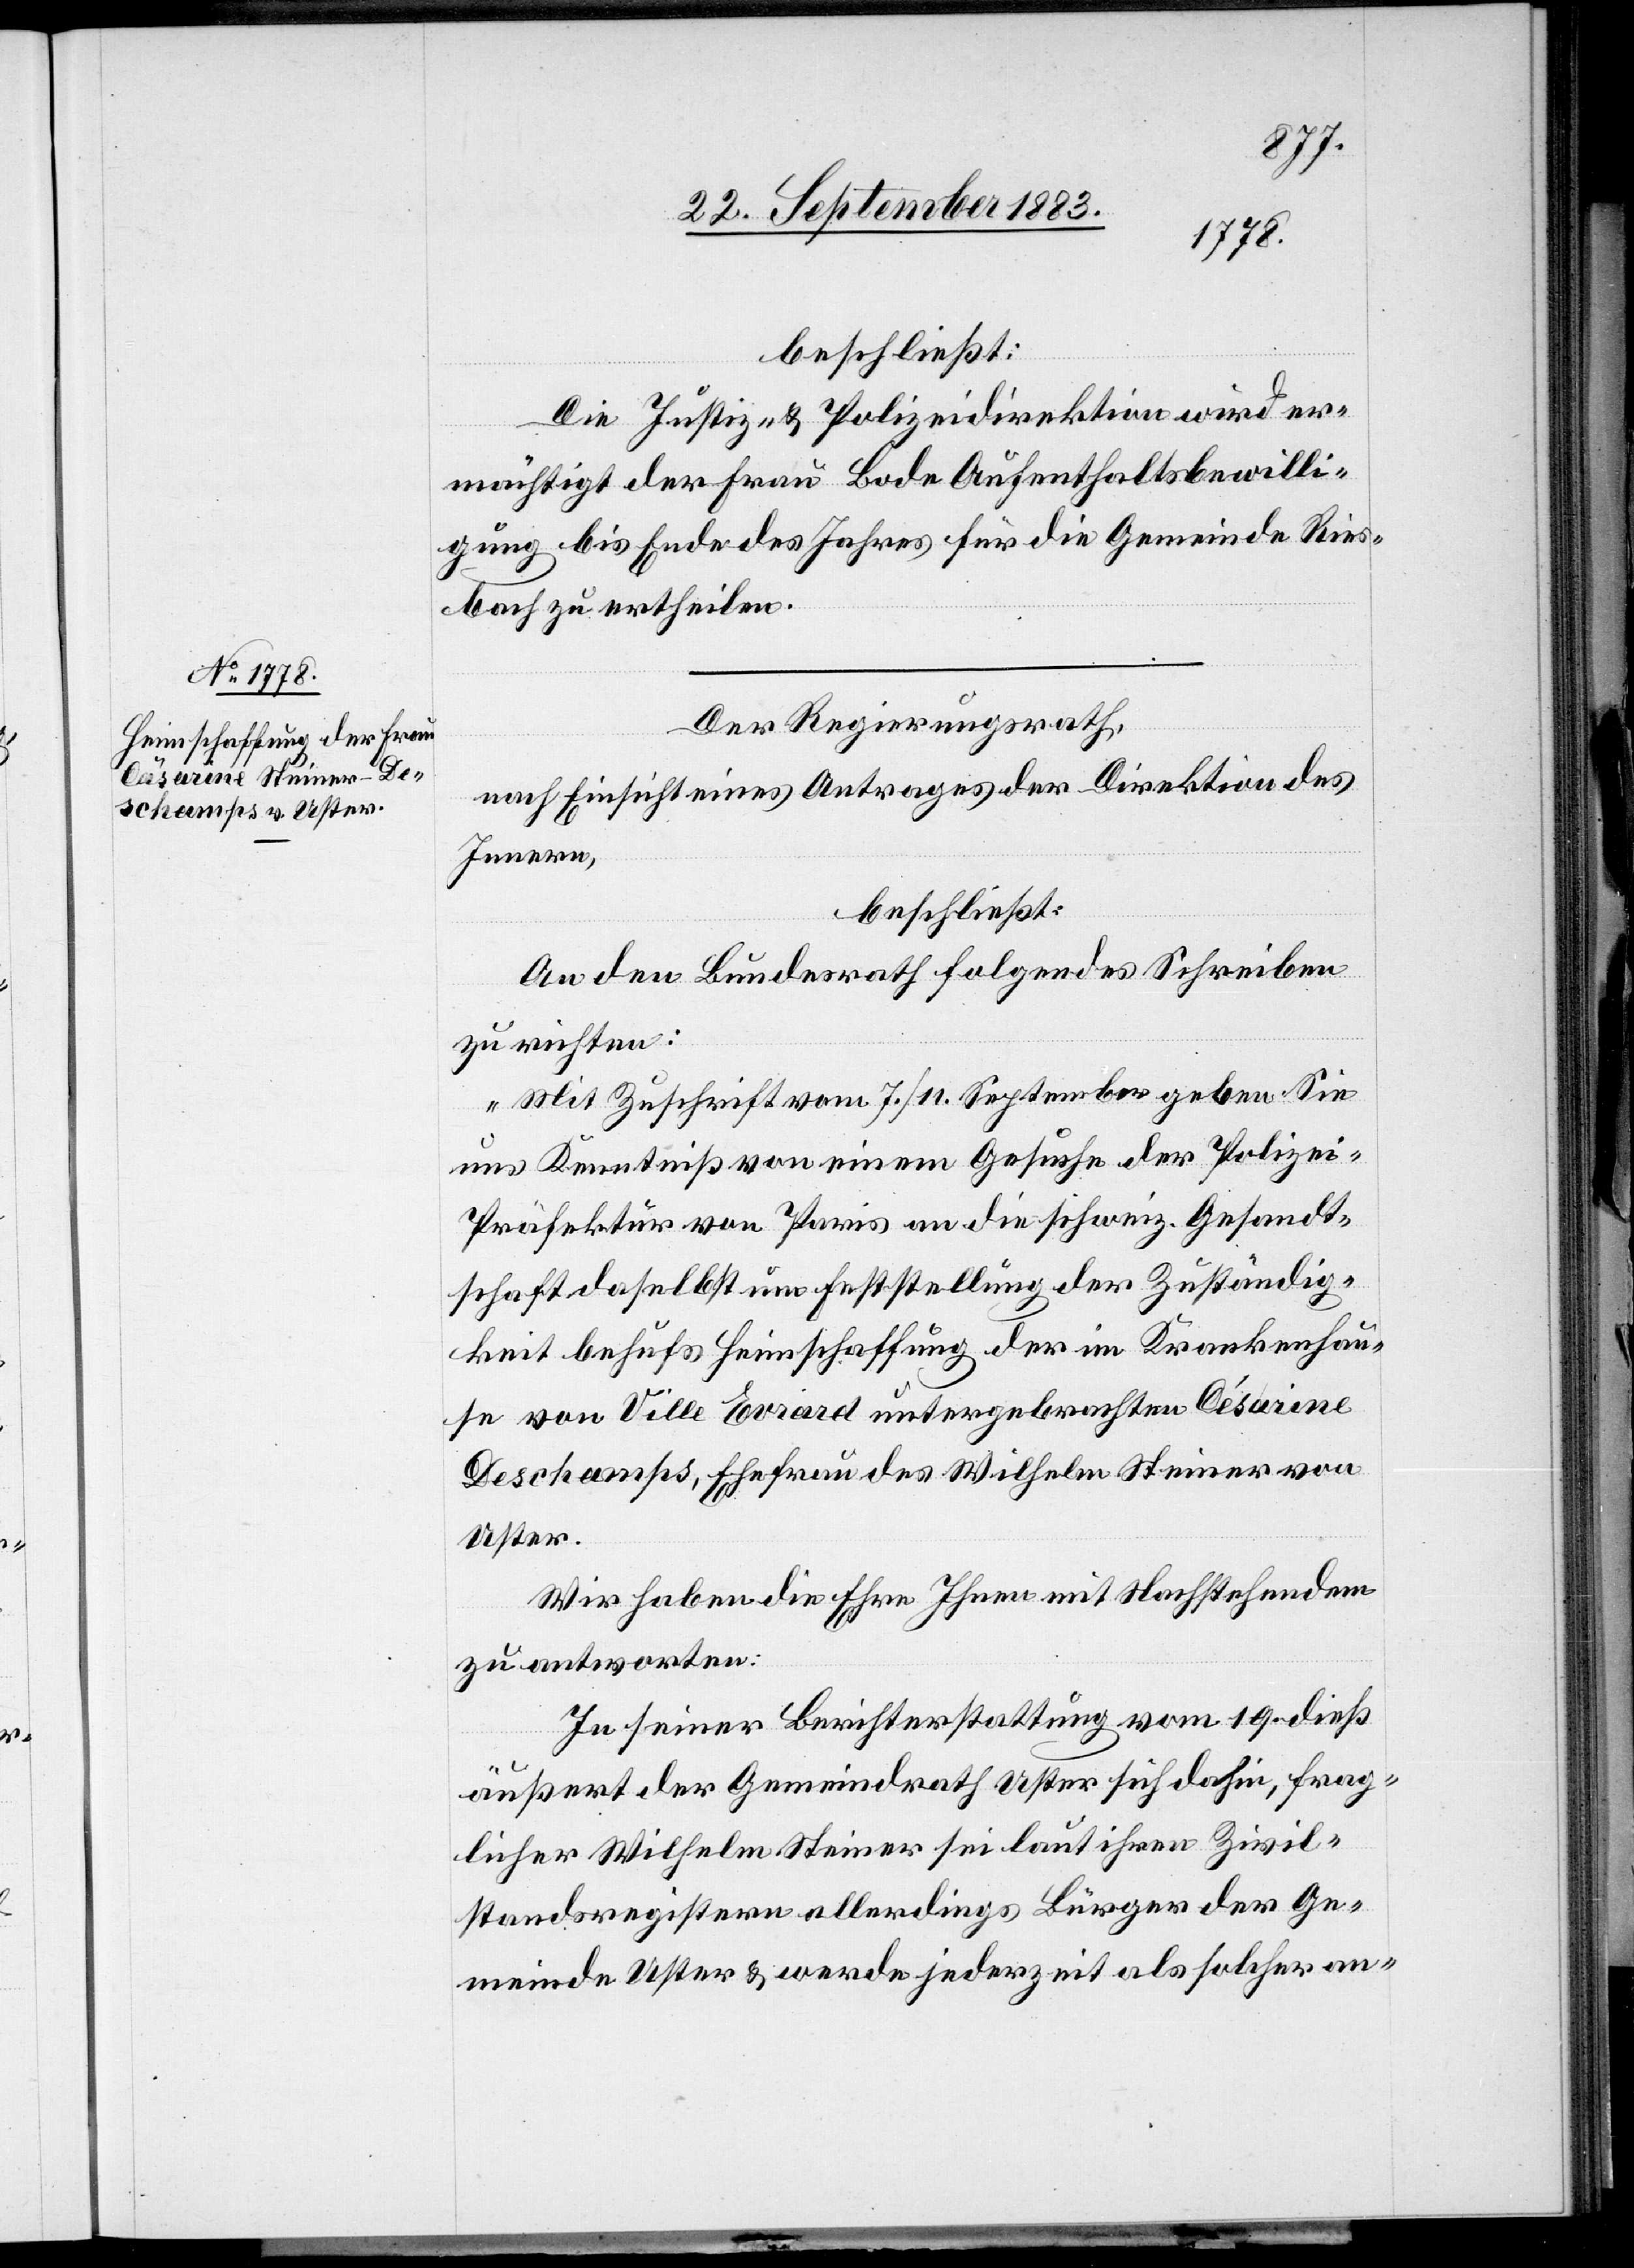
beschließt:
Die Justiz- & Polizeidirektion wird er¬
mächtigt der Frau Bode Aufenthaltsbewilli¬
gung bis Ende Jahres für die Gemeinde Ries¬
bach zu ertheilen.
Der Regierungsrath,
nach Einsicht eines Antrages der Direktion des
Innern,
beschließt:
An den Bundesrath folgendes Schreiben
zu richten:
„Mit Zuschrift vom 7./11. September geben Sie
uns Kenntniß von einem Gesuche der Polize¬
i-Präfektur von Paris an die schweiz. Gesandt¬
schaft daselbst um Feststellung der Zuständig¬
keit behufs Heimschaffung der im Krankenhau¬
se von Ville Evrard untergebrachten Césarine
Deschamps, Ehefrau des Wilhelm Steiner von
Uster.
Wir haben die Ehre, Ihnen mit Nachstehendem
zu antworten:
In seiner Berichterstattung vom 19. dieß
äußert der Gemeindrath Uster sich dahin, frag¬
licher Wilhelm Steiner sei laut ihren Zivil¬
standsregistern allerdings Bürger der Ge¬
meinde Uster & werde jederzeit als solcher an-